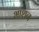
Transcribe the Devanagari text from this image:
भाशन